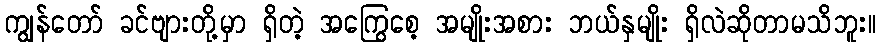
ကျွန်တော် ခင်ဗျားတို့မှာ ရှိတဲ့ အကြွေစေ့ အမျိုးအစား ဘယ်နှမျိုး ရှိလဲဆိုတာမသိဘူး။